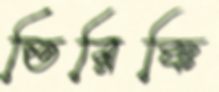
তিরিক্কি